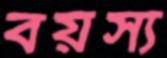
বয়স্য